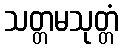
သတ္တမသုတ္တံ